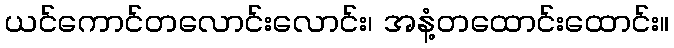
ယင်ကောင်တလောင်းလောင်း၊ အနံ့တထောင်းထောင်း။